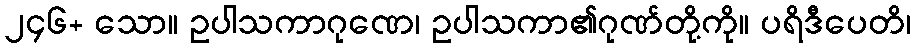
၂၄၆+ သော။ ဥပါသကာဂုဏေ၊ ဥပါသကာ၏ဂုဏ်တို့ကို။ ပရိဒီပေတိ၊